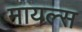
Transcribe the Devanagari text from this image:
मायल्स